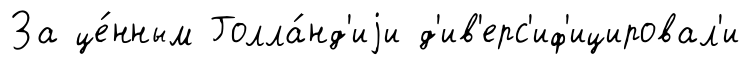
За це́нным Голла́нд'иjи д'ив'ерс'иф'ицировал'и